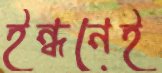
ইন্ধনেই